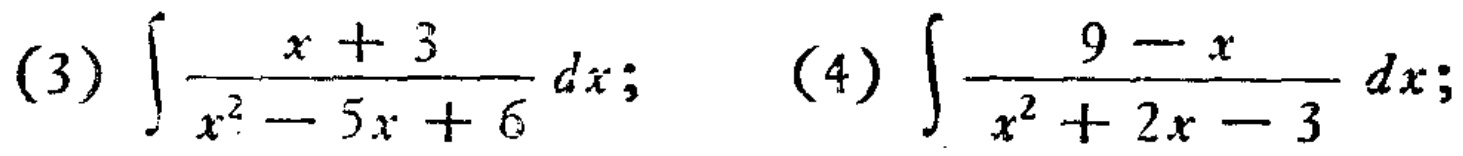
(3) \(\int\frac{x + 3}{x^{2}-5x + 6}dx\); (4) \(\int\frac{9 - x}{x^{2}+2x - 3}dx\)